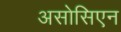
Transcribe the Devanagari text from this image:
असोसिएन